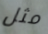
مثل